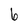
Character: 6